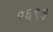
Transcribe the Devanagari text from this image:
०६९३